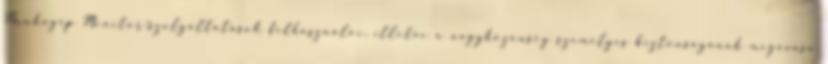
Munkagép Monitor-szolgáltatások felhasználói, illetve a nagyközönség személyes biztonságának megóvása